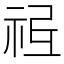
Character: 𥙥